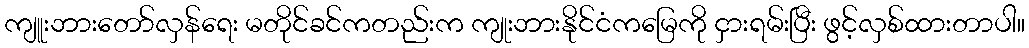
ကျူးဘားတော်လှန်ရေး မတိုင်ခင်ကတည်းက ကျုးဘားနိုင်ငံကမြေကို ငှားရမ်းပြီး ဖွင့်လှစ်ထားတာပါ။